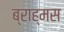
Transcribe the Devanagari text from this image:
ब्राह्मस